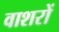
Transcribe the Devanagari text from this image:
वाशरों